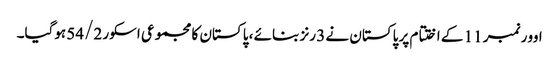
اوور نمبر 11 کے اختتام پر پاکستان نے 3 رنز بنائے ، پاکستان کا مجموعی اسکور 54/2 ہوگیا۔